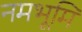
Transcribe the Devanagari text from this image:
नमभूमि